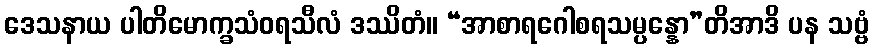
ဒေသနာယ ပါတိမောက္ခသံဝရသီလံ ဒဿိတံ။ “အာစာရဂေါစရသမ္ပန္နော”တိအာဒိ ပန သဗ္ဗံ